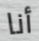
أنا